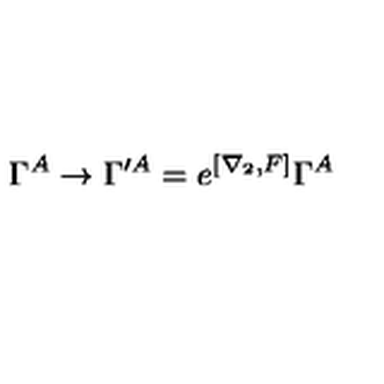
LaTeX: \Gamma ^ { A } \to \Gamma ^ { \prime A } = e ^ { [ \nabla _ { 2 } , F ] } \Gamma ^ { A }